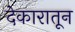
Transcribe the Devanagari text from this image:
देकारातून